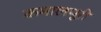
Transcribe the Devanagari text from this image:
कमालपूरी